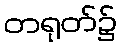
တရုတ်၌